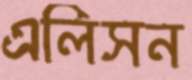
এলিসন